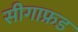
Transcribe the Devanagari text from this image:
सीगाफ्रड